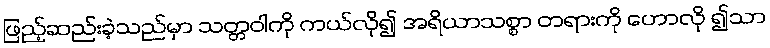
ဖြည့်ဆည်းခဲ့သည်မှာ သတ္တဝါကို ကယ်လို၍ အရိယာသစ္စာ တရားကို ဟောလို ၍သာ